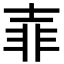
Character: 𡔭